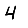
Digit: 4